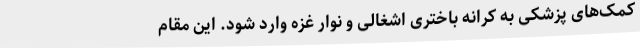
کمک‌های پزشکی به کرانه باختری اشغالی و نوار غزه وارد شود. این مقام